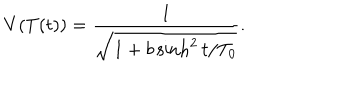
V ( T ( t ) ) = \frac { 1 } { \sqrt { 1 + b \sinh ^ { 2 } t / T _ { 0 } } } .